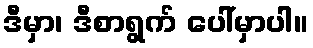
ဒီမှာ၊ ဒီစာရွက် ပေါ်မှာပါ။